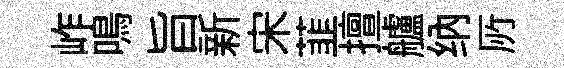
岞鳴旨新宋韮擅艫纳𠩄